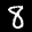
Label: 8